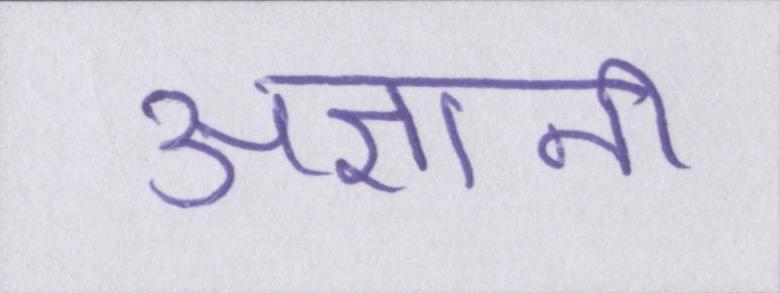
अज्ञानी